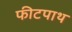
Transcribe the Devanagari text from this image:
फीटपाथ